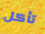
تأكل